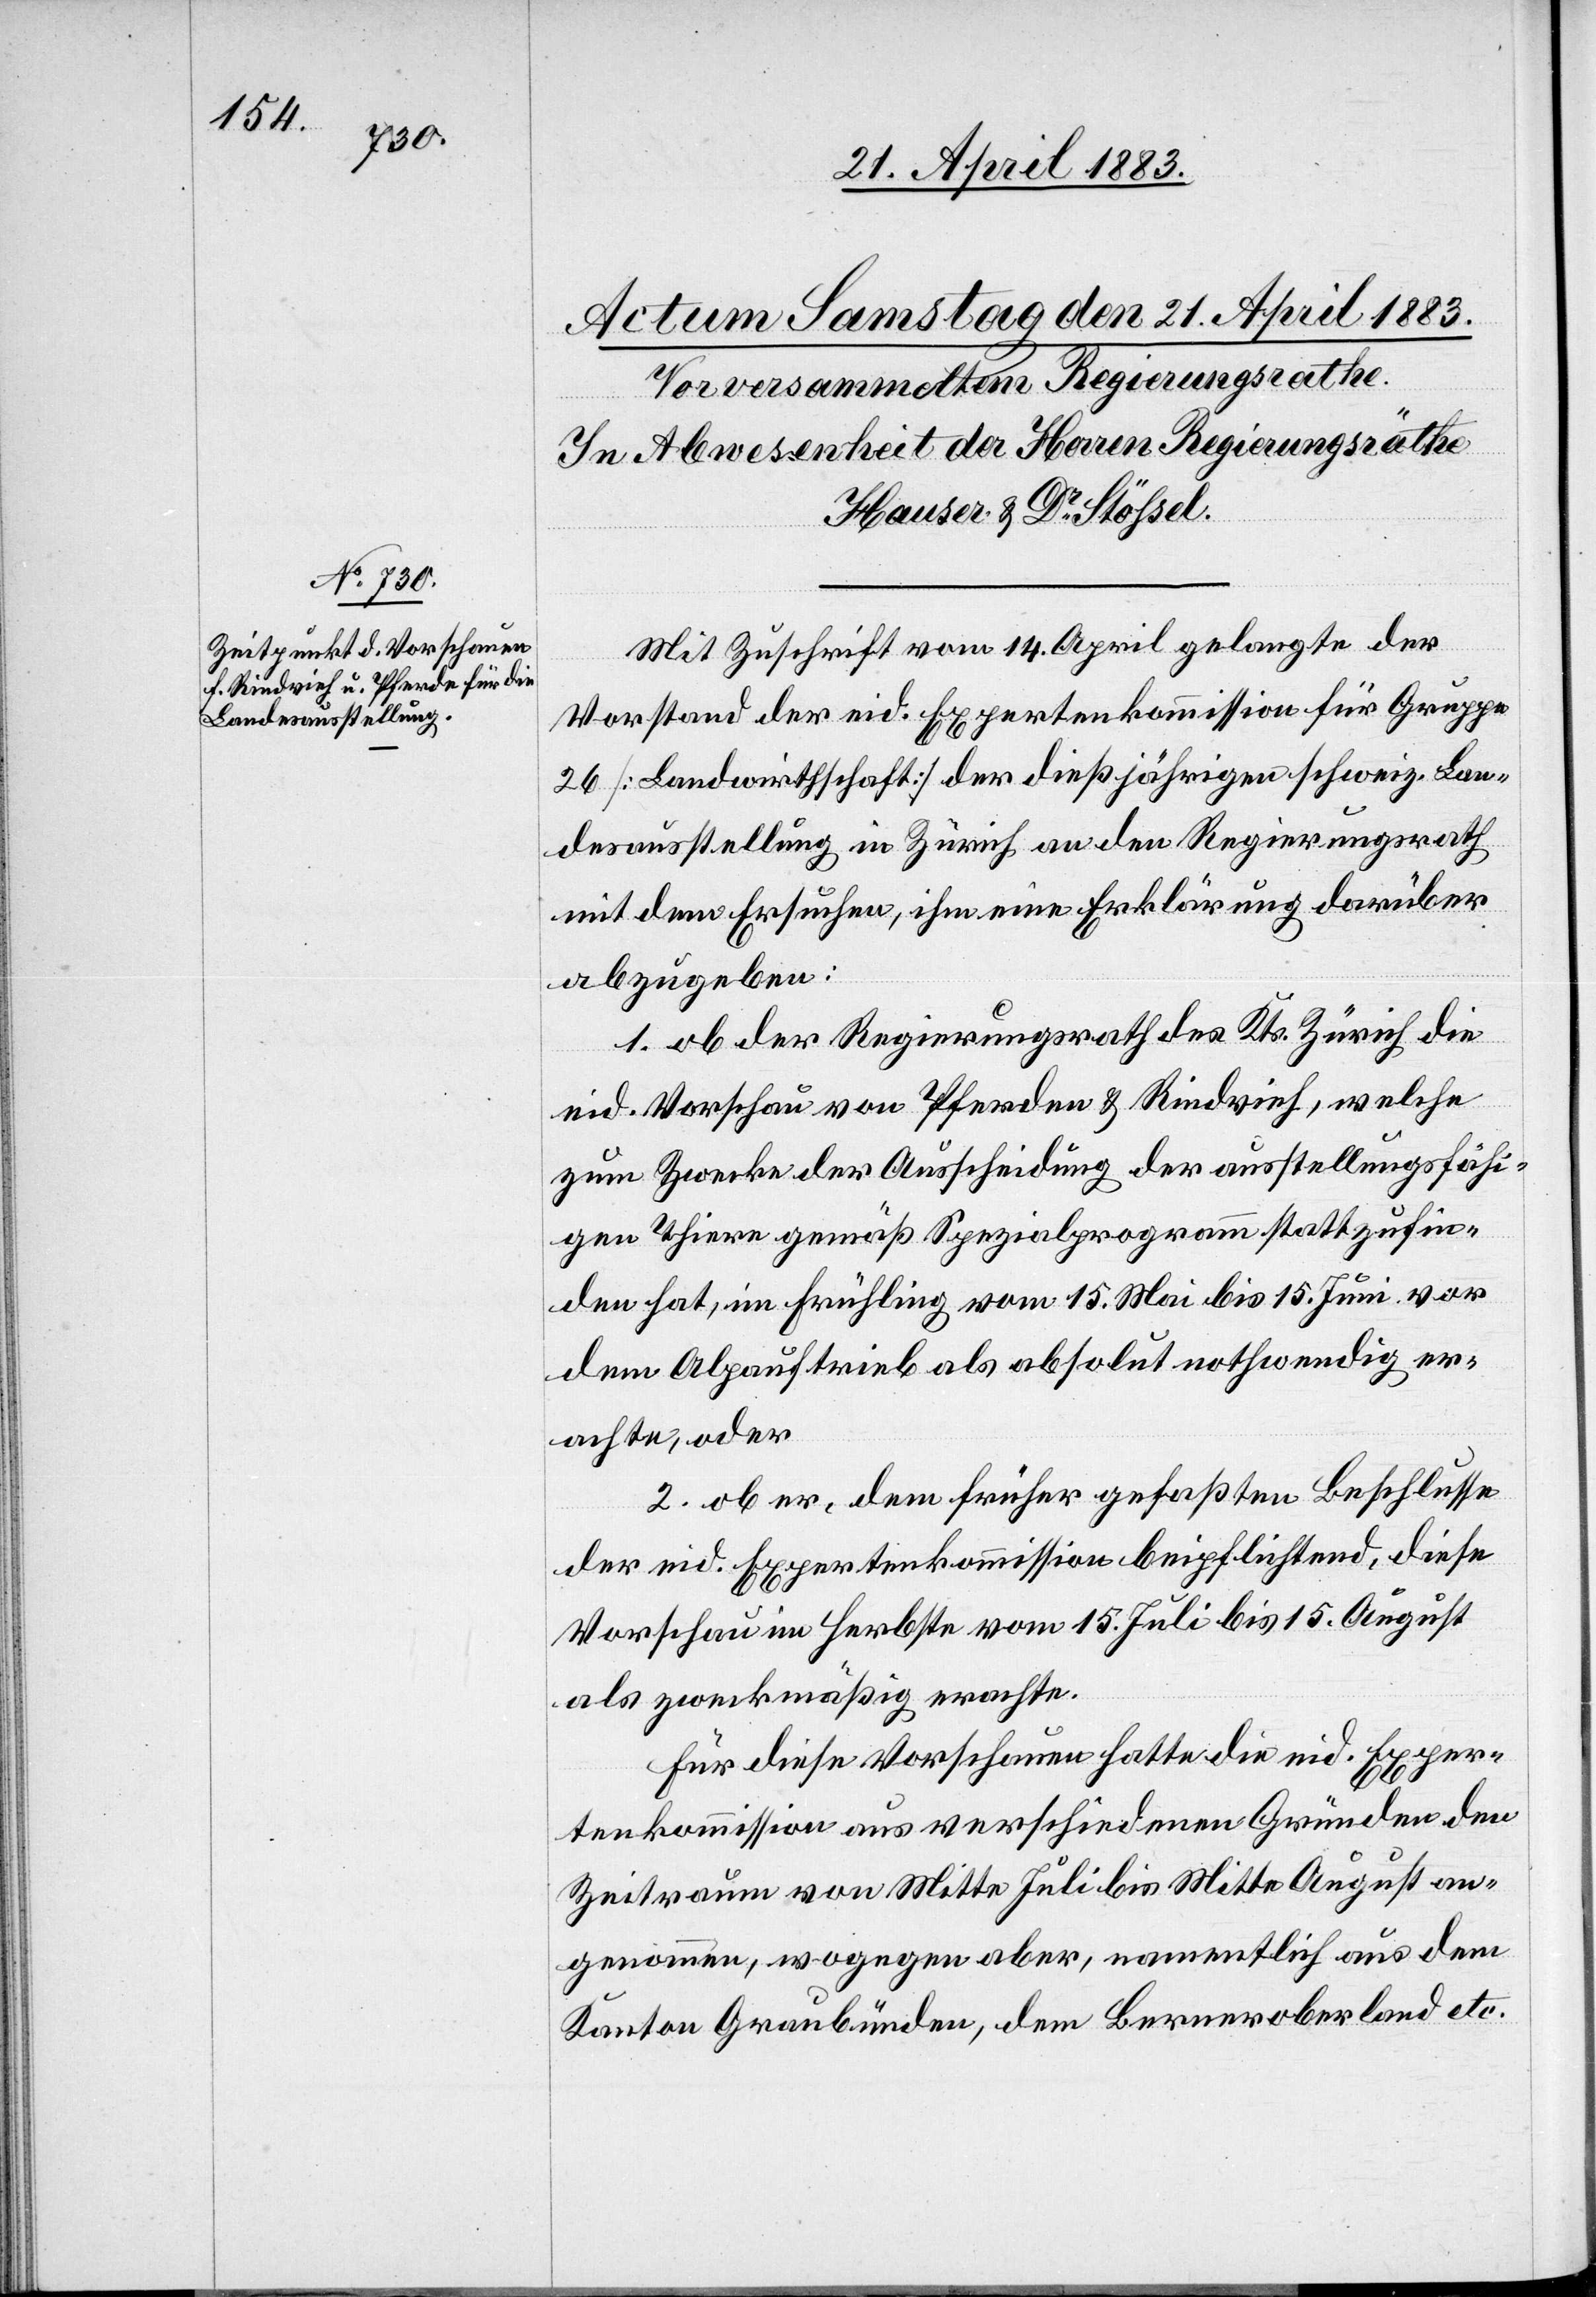
Mit Zuschrift vom 14. April gelangte der
Vorstand der eid. Expertenkommission für Gruppe
26 [Landwirthschaft] der dießjährigen schweiz. Lan¬
desausstellung in Zürich an den Regierungsrath
mit dem Ersuchen, ihm eine Erklärung darüber
abzugeben:
1. ob der Regierungsrath des Kts. Zürich die
eid. Vorschau von Pferden & Rindvieh, welche
zum Zwecke der Ausscheidung der anstellungsfähi¬
gen Thiere gemäß Spezialprogramm stattzufin¬
den hat, im Frühling vom 15. Mai bis 15. Juni vor
dem Alpauftrieb als absolut nothwendig er¬
achte, oder
2. ob er, dem früher gefaßten Beschlusse
der eid. Expertenkommission beipflichtend, diese
Vorschau im Herbste vom 15. Juli bis 15. August
als zweckmäßig erachte.
Für diese Vorschauen hatte die eid. Exper¬
tenkommission aus verschiedenen Gründen den
Zeitraum von Mitte Juli bis Mitte August an¬
genommen, wogegen aber, namentlich aus dem
Kanton Graubünden, dem Berneroberland etc.